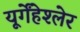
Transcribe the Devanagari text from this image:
यूर्गेंहेश्लेर